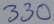
Text: 330